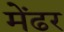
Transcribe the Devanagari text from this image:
मेंढर